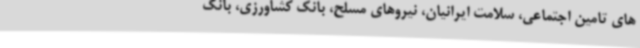
های تامین اجتماعی، سلامت ایرانیان، نیروهای مسلح، بانک کشاورزی، بانک